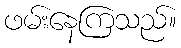
ဖမ်းနေကြသည်။